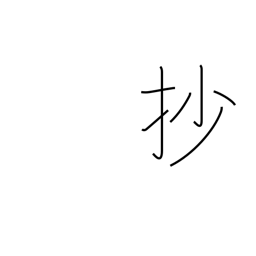
Meaning: summary